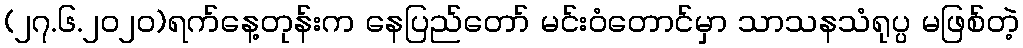
(၂၇.၆.၂၀၂၀)ရက်နေ့တုန်းက နေပြည်တော် မင်းဝံတောင်မှာ သာသနသံရုပ္ပ မဖြစ်တဲ့